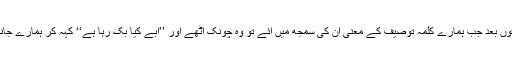
چند ساعتوں بعد جب ہمارے کلمہ توصیف کے معنی ان کی سمجھ میں آئے تو وہ چونک اٹھے اور ’’ابے کیا بک رہا ہے‘‘ کہہ کر ہمارے جانب لپکے۔